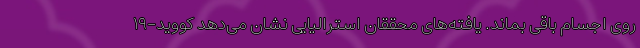
روی اجسام باقی بماند. یافته‌های محققان استرالیایی نشان می‌دهد کووید-۱۹